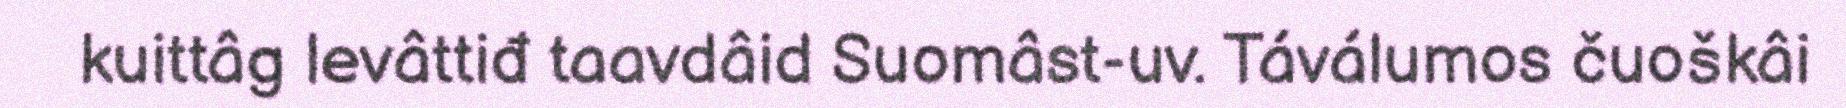
kuittâg levâttiđ taavdâid Suomâst-uv. Táválumos čuoškâi